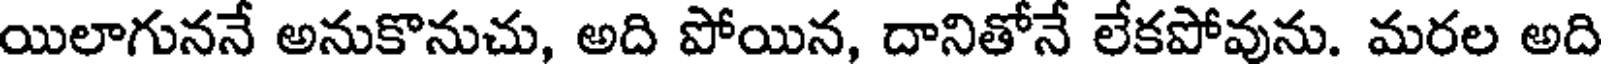
యిలాగుననే అనుకొనుచు, అది పోయిన, దానితోనే లేకపోవును. మరల అది